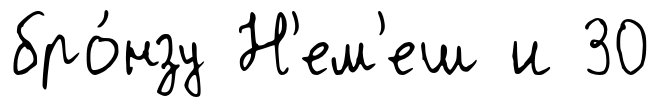
бро́нзу Н'ем'еш и 30